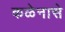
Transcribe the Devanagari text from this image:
कळेनासे